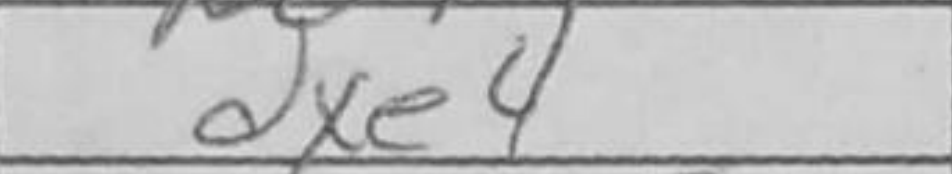
Transcription: dxe4